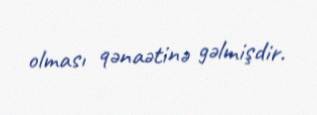
olması qənaətinə gəlmişdir.